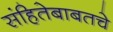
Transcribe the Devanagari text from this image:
संहितेबाबतचे